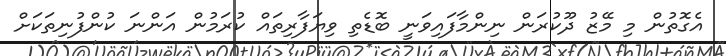
އެގޮތުން މި މޭޒު ދޫކުރަން ނިންމާފައިވަނީ ބޮޑެތި ވިޔަފާރިތައް ކުރަމުން އަންނަ ކުންފުނިތަކަށް